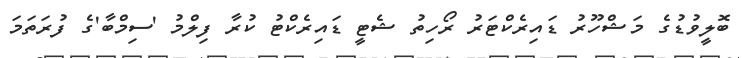
ބޮލީވުޑުގެ މަޝްހޫރު ޑައިރެކްޓަރު ރޯހިތު ޝެޓީ ޑައިރެކްޓު ކުރާ ފިލްމު 'ސިމްބާ'ގެ ފުރަތަމަ